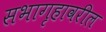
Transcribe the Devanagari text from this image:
सभागृहावरील